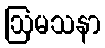
ဩမသနာ